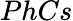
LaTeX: PhCs